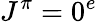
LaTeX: J^{\pi}=0^{e}